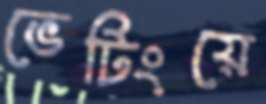
ভেটিংয়ে